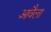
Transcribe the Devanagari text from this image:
आवैला